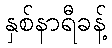
နှစ်နာရီခန့်